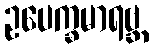
ဥပေက္ခမာရဗ္ဘ